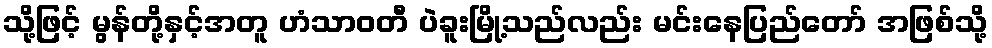
သို့ဖြင့် မွန်တို့နှင့်အတူ ဟံသာဝတီ ပဲခူးမြို့သည်လည်း မင်းနေပြည်တော် အဖြစ်သို့